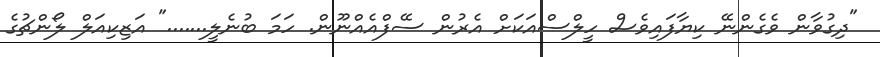
"ދިގުވާން ވެގެންނޭ ކިޔާފައިވެސް ހީލްސްއަކަށް އެރުން ސޭފްއެއްނޫން. ހަމަ ބުނެލީ......." އަޒިކިއަލް ލޯންޗުގެ